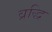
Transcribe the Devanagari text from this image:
व्रद्धि